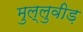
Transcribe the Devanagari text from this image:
मुल्लुवीड़